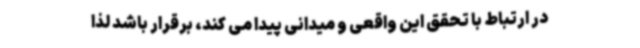
در ارتباط با تحقق این واقعی و میدانی پیدا می کند، برقرار باشد لذا